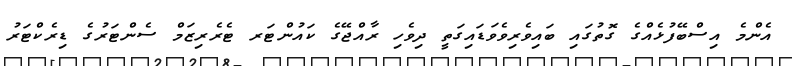
އެންމެ އިސްބޭފުޅެއްގެ ގޮތުގައި ބައިވެރިވެވަޑައިގަތީ ދިވެހި ރާއްޖޭގެ ކައުންޓަރ ޓެރެރިޒަމް ސެންޓަރުގެ ޑިރެކްޓަރު